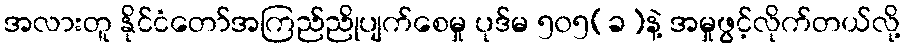
အလားတူ နိုင်ငံတော်အကြည်ညိုပျက်စေမှု ပုဒ်မ ၅၀၅(ခ)နဲ့ အမှုဖွင့်လိုက်တယ်လို့